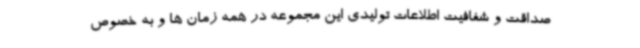
صداقت و شفافیت اطلاعات تولیدی این مجموعه در همه زمان ها و به خصوص